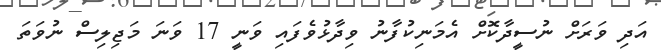
އަދި ވަރަށް ނުސީދާކޮށް އެމަނިކުފާނު ވިދާޅުވެފައި ވަނީ 17 ވަނަ މަޖިލިސް ނުވަތަ